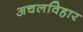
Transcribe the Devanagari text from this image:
अचलविहार